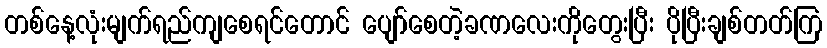
တစ်နေ့လုံးမျက်ရည်ကျစေရင်တောင် ပျော်စေတဲ့ခဏလေးကိုတွေးပြီး ပိုပြီးချစ်တတ်ကြ